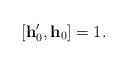
LaTeX: \begin{align*}[\mathbf{h}'_0,\mathbf{h}_0]=1. \end{align*}